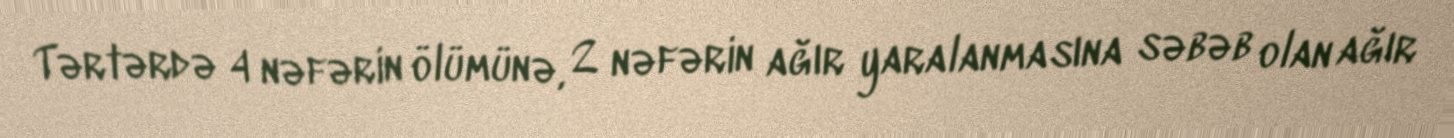
Tərtərdə 4 nəfərin ölümünə, 2 nəfərin ağır yaralanmasına səbəb olan ağır